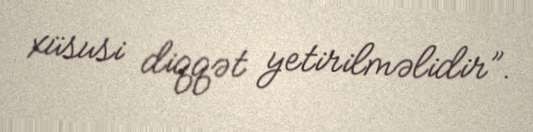
xüsusi diqqət yetirilməlidir”.